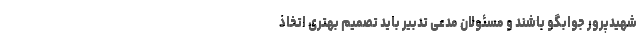
شهیدپرور جوابگو باشند و مسئولان مدعی تدبیر باید تصمیم بهتری اتخاذ